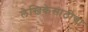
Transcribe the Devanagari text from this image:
लेखिकेसाठीचा